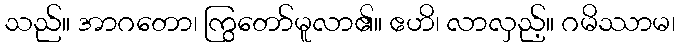
သည်။ အာဂတော၊ ကြွတော်မူလာ၏။ ဧဟိ၊ လာလှည့်။ ဂမိဿာမ၊